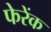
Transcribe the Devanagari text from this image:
फेरेंक